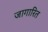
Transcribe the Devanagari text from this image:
जागारित